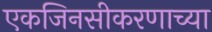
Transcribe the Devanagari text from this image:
एकजिनसीकरणाच्या